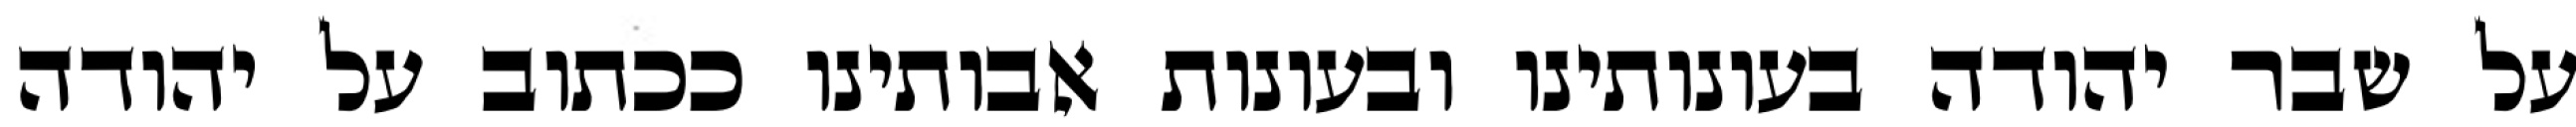
על שבר יהודה בעונותינו ובעונות אבותינו ככתוב על יהודה